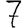
Digit: 7